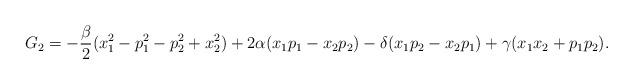
\begin{align*}G_2=-\frac{\beta}{2}(x_1^2-p_1^2-p_2^2+x_2^2)+2\alpha (x_1p_1-x_2p_2)-\delta (x_1p_2-x_2p_1)+\gamma (x_1x_2+p_1p_2).\end{align*}